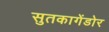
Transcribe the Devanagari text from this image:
सुतकागेंडोर